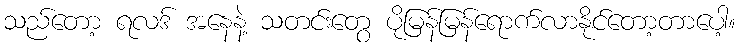
သည်တော့ ရလဒ် အနေနဲ့ သတင်းတွေ ပိုမြန်မြန်ရောက်လာနိုင်တော့တာပေါ့။